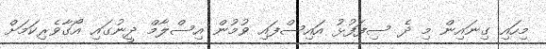
މިހައި ގިނައިން މި ދެ ސިފަފުޅު އައިސްފައި ވުމުން އިސްލާމް ދީނުގައި އޯގާވެރިކަމަށް